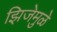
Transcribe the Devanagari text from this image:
झिजेमुळे